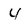
Character: 4